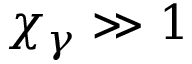
\chi _ { \gamma } \gg 1